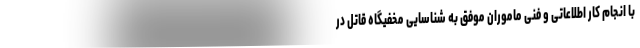
با انجام کار اطلاعاتی و فنی ماموران موفق به شناسایی مخفیگاه قاتل در